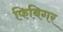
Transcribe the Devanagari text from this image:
फिबिगर